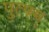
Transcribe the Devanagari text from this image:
पुत्फ्म्